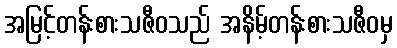
အမြင့်တန်းစားသဇီဝသည် အနိမ့်တန်းစားသဇီဝမှ